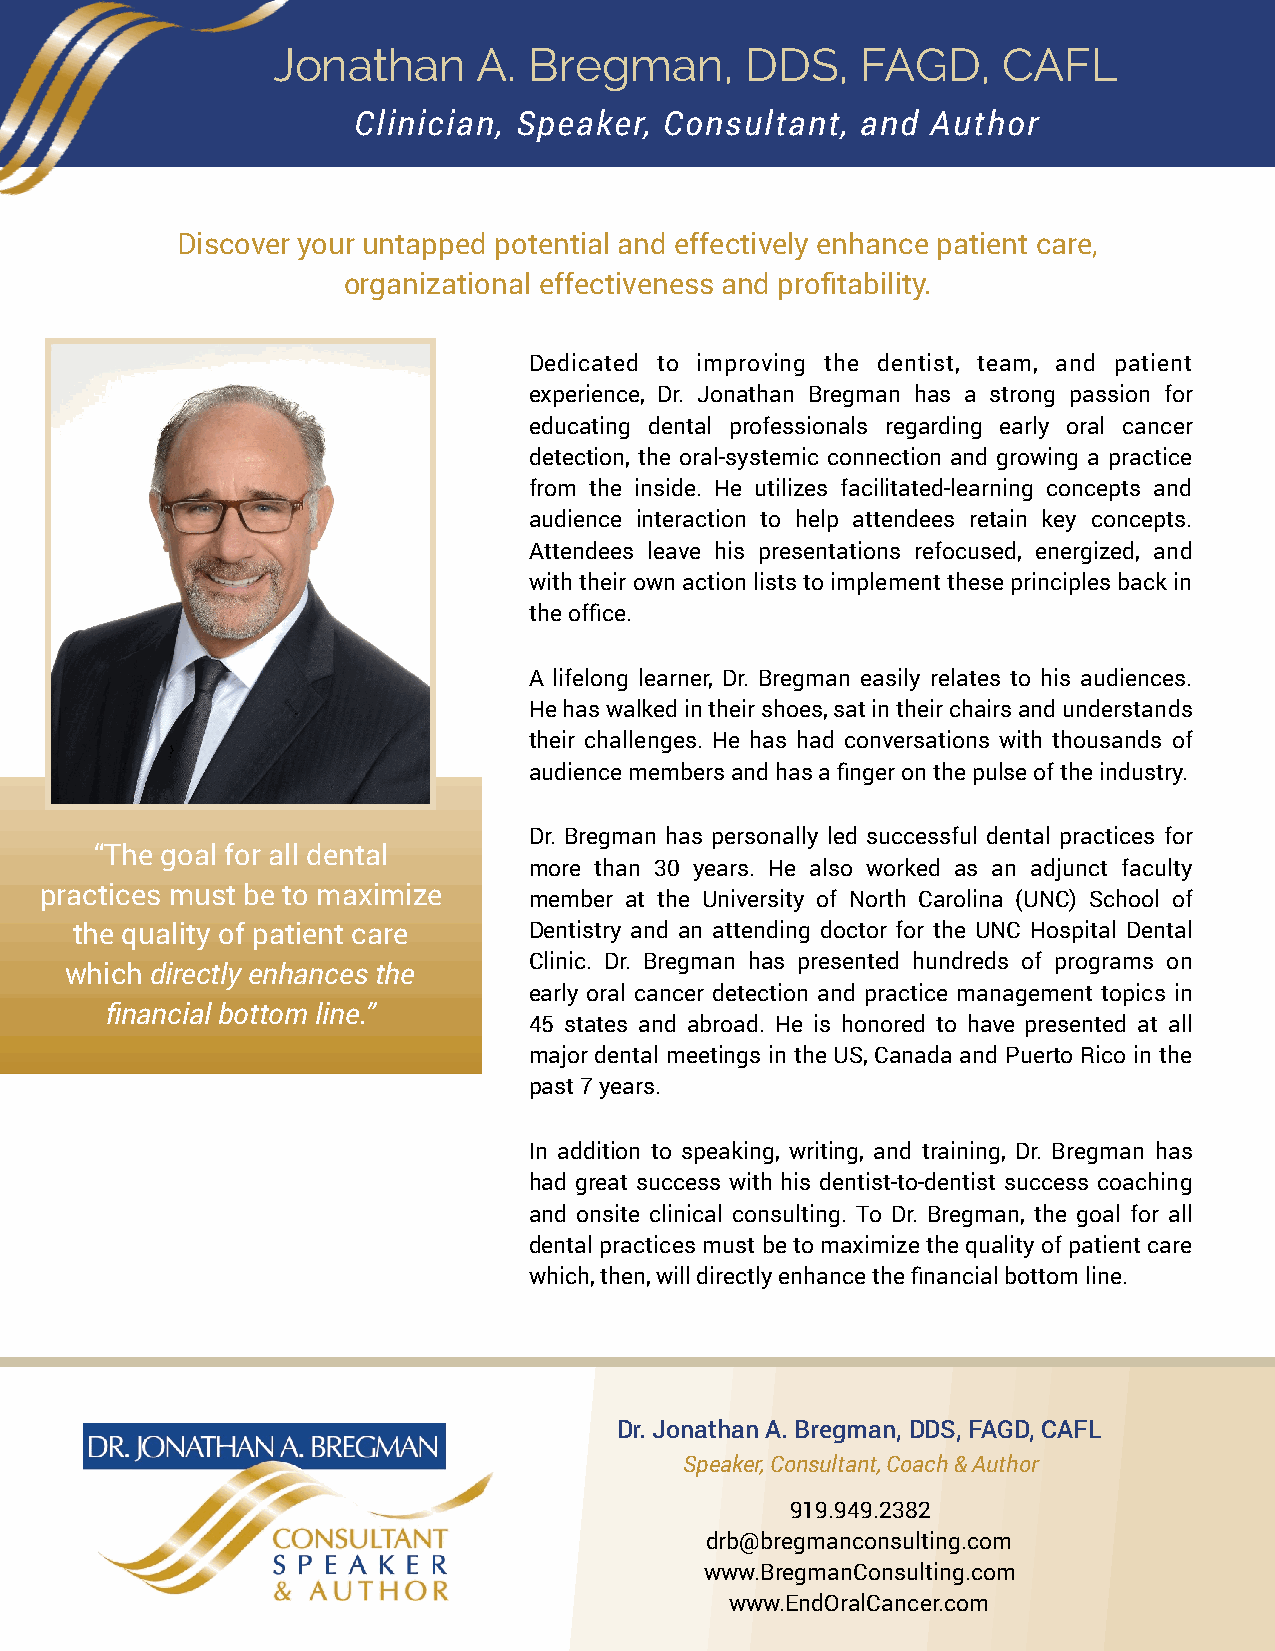
Jonathan      A. Bregman,      DDS,    FAGD,    CAFL
 Clinician, Speaker,  Consultant,  and  Author
 Discover your untapped potential and effectively enhance patient care,
 organizational effectiveness and profitability.
 Dedicated to improving the dentist, team, and patient
 experience, Dr. Jonathan Bregman has a strong passion for
 educating dental professionals regarding early oral cancer
 detection, the oral-systemic connection and growing a practice
 from the inside. He utilizes facilitated-learning concepts and
 audience interaction to help attendees retain key concepts.
 Attendees leave his presentations refocused, energized, and
 with their own action lists to implement these principles back in
 the office.
 A lifelong learner, Dr. Bregman easily relates to his audiences.
 He has walked in their shoes, sat in their chairs and understands
 their challenges. He has had conversations with thousands of
 audience members and has a finger on the pulse of the industry.
 Dr. Bregman has personally led successful dental practices for
 “The goal for all dental
 more than 30 years. He also worked as an adjunct faculty
 practices must be to maximize
 member at the University of North Carolina (UNC) School of
 the quality of patient care   Dentistry and an attending doctor for the UNC Hospital Dental
 Clinic. Dr. Bregman has presented hundreds of programs on
 which directly enhances the
 early oral cancer detection and practice management topics in
 financial bottom line.”
 45 states and abroad. He is honored to have presented at all
 major dental meetings in the US, Canada and Puerto Rico in the
 past 7 years.
 In addition to speaking, writing, and training, Dr. Bregman has
 had great success with his dentist-to-dentist success coaching
 and onsite clinical consulting. To Dr. Bregman, the goal for all
 dental practices must be to maximize the quality of patient care
 which, then, will directly enhance the financial bottom line.
 Dr. Jonathan A. Bregman, DDS, FAGD, CAFL
 Speaker, Consultant, Coach & Author
 919.949.2382
 drb@bregmanconsulting.com
 www.BregmanConsulting.com
 www.EndOralCancer.com